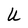
Character: U